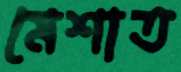
মেশাত